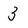
Character: 3